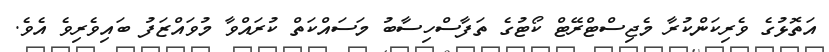
އަތޮޅުގެ ވެރިކަންކުރާ މެޖިސްޓްރޭޓް ކޯޓުގެ ތަފާސްހިސާބު މަސައްކަތް ކުރައްވާ މުވައްޒަފު ބައިވެރިވެ އެވެ.